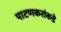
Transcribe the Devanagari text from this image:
पाटणकरांकडे